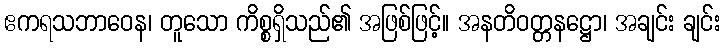
ဧကရသဘာဝေန၊ တူသော ကိစ္စရှိသည်၏ အဖြစ်ဖြင့်။ အနတိဝတ္တနဋ္ဌော၊ အချင်း ချင်း